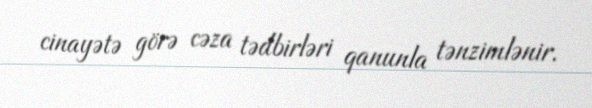
cinayətə görə cəza tədbirləri qanunla tənzimlənir.